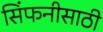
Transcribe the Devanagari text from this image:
सिंफनीसाठी